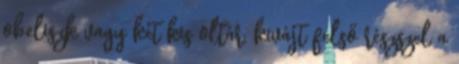
obeliszk vagy két kis oltár, kivájt felső részszel a